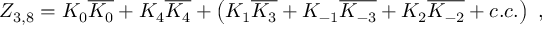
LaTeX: Z _ { 3 , 8 } = K _ { 0 } \overline { { { K _ { 0 } } } } + K _ { 4 } \overline { { { K _ { 4 } } } } + \left( K _ { 1 } \overline { { { K _ { 3 } } } } + K _ { - 1 } \overline { { { K _ { - 3 } } } } + K _ { 2 } \overline { { { K _ { - 2 } } } } + c . c . \right) \ ,